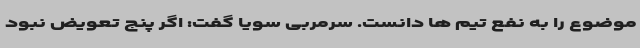
موضوع را به نفع تیم ها دانست. سرمربی سویا گفت: اگر پنج تعویض نبود